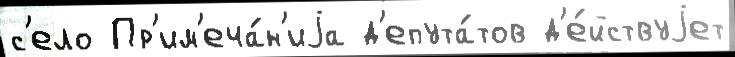
с'ело Пр'им'еча́н'иjа д'епута́тов д'е́йствуjет